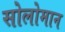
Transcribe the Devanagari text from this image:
सोलोमान